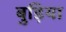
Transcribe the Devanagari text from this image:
बुड़िया